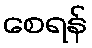
စေရန်